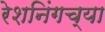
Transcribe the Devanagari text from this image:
रेशनिंगच्या